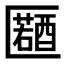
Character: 𠥤